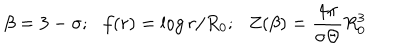
LaTeX: \beta = 3 - \sigma ; \, \, \, \, f ( r ) = \log r / R _ { 0 } ; \, \, \, \, Z ( \beta ) = \frac { 4 \pi } { \sigma { \Theta } } R _ { 0 } ^ { 3 }